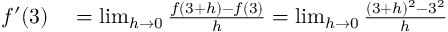
\begin{array} { r l } { f ^ { \prime } ( 3 ) } & { { } = \operatorname* { l i m } _ { h \to 0 } { \frac { f ( 3 + h ) - f ( 3 ) } { h } } = \operatorname* { l i m } _ { h \to 0 } { \frac { ( 3 + h ) ^ { 2 } - 3 ^ { 2 } } { h } } } \end{array}